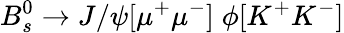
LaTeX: B_{s}^{0}\to J/\psi[\mu^{+}\mu^{-}]\; \phi[K^{+}K^{-}]